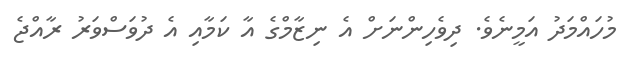
މުހައްމަދު އަމީނެވެ. ދިވެހިންނަށް އެ ނިޒާމްގެ އާ ކަމާއި އެ ދުވަސްވަރު ރާއްޖެ